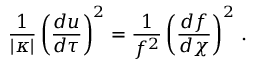
{ \frac { 1 } { \vert \kappa \vert } } \left( { \frac { d u } { d \tau } } \right) ^ { 2 } = { \frac { 1 } { f ^ { 2 } } } \left( { \frac { d f } { d \chi } } \right) ^ { 2 } \, .